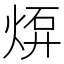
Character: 𤊠